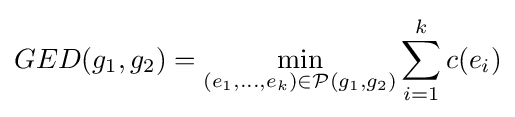
GED(g_{1},g_{2})=\min _{(e_{1},...,e_{k})\in {\mathcal {P}}(g_{1},g_{2})}\sum _{i=1}^{k}c(e_{i})